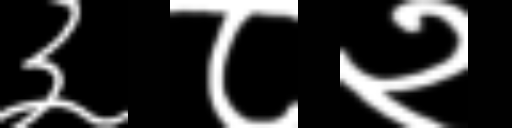
Text: ३८२